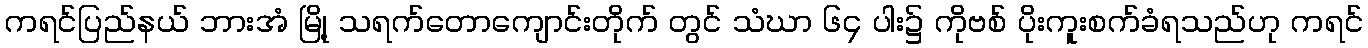
ကရင်ပြည်နယ် ဘားအံ မြို့ သရက်တောကျောင်းတိုက် တွင် သံဃာ ၆၄ ပါး၌ ကိုဗစ် ပိုးကူးစက်ခံရသည်ဟု ကရင်